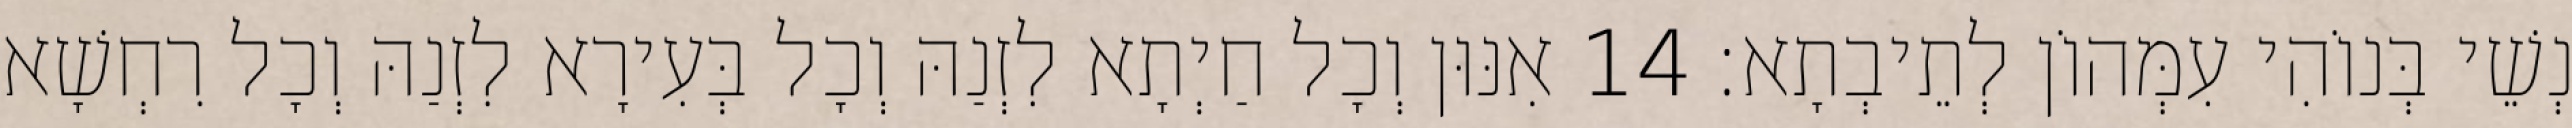
נְשֵׁי בְּנוֹהִי עִמְּהוֹן לְתֵיבְתָא׃ 14 אִנּוּן וְכָל חַיְתָא לִזְנַהּ וְכָל בְּעִירָא לִזְנַהּ וְכָל רִחְשָׁא